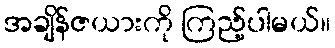
အချိန်ဇယားကို ကြည့်ပါမယ်။